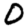
Digit: 0